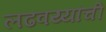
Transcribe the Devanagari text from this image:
लढवय्यांची